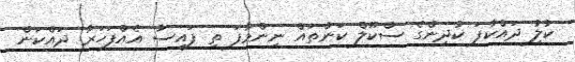
ކުލުި ދައްކާފަ ކުދިންގެ ސްކޫލް ކަންތައް ނިންމާފަ ތި ފައިސާ އެއްފަހަރާ ދައްކަން